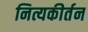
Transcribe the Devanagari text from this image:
नित्यकीर्तन